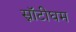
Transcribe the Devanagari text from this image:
स्नॉटीघम